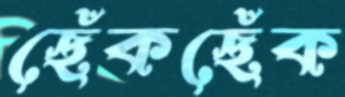
ছেঁকছেঁক